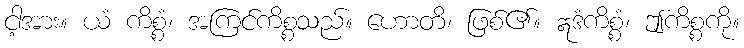
ငါ့အား။ ယံ ကိစ္စံ၊ အကြင်ကိစ္စသည်။ ဟောတိ၊ ဖြစ်၏။ ဣဒံကိစ္စံ၊ ဤကိစ္စကို။